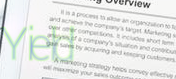
Yield